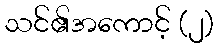
သင်၏အကောင့် (၂)